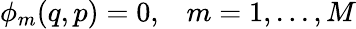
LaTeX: \begin{array}{cc}{\phi_{m}(q,p)=0,}&{m=1,...,M}\end{array}